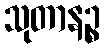
သုတာနဉ္စ